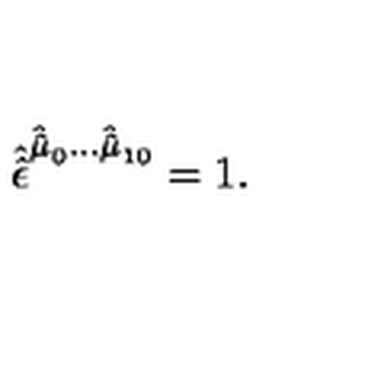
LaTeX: \hat { \hat { \epsilon } } ^ { \hat { \hat { \mu } } _ { 0 } \ldots \hat { \hat { \mu } } _ { 1 0 } } = 1 .